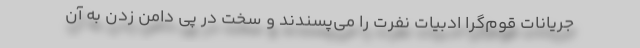
جریانات قوم‌گرا ادبیات نفرت را می‌پسندند و سخت در پی دامن زدن به آن